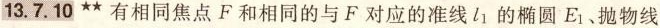
13.7.10**有相同焦点F和相同的与F对应的准线l_{1}的椭圆E_{1}、抛物线